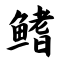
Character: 鳍